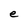
Character: e